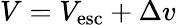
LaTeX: V=V_{\mathrm{esc}}+\Delta v